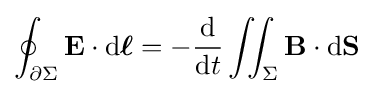
\oint _{\partial \Sigma }\mathbf {E} \cdot \mathrm {d} {\boldsymbol {\ell }}=-{\frac {\mathrm {d} }{\mathrm {d} t}}\iint _{\Sigma }\mathbf {B} \cdot \mathrm {d} \mathbf {S}